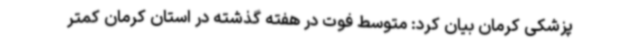
پزشکی کرمان بیان کرد: متوسط فوت در هفته گذشته در استان کرمان کمتر